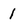
Character: 1